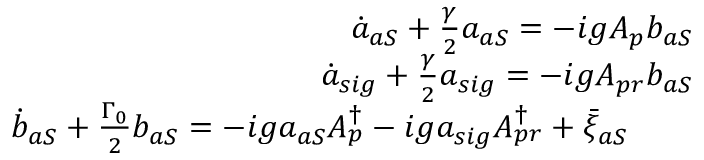
\begin{array} { r l r } & { } & { \dot { a } _ { a S } + \frac { \gamma } { 2 } a _ { a S } = - i g A _ { p } b _ { a S } } \\ & { } & { \dot { a } _ { s i g } + \frac { \gamma } { 2 } a _ { s i g } = - i g A _ { p r } b _ { a S } } \\ & { } & { \dot { b } _ { a S } + \frac { \Gamma _ { 0 } } { 2 } b _ { a S } = - i g a _ { a S } A _ { p } ^ { \dag } - i g a _ { s i g } A _ { p r } ^ { \dag } + \bar { \xi } _ { a S } \quad \quad } \end{array}